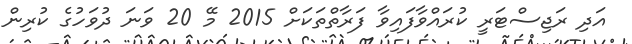
އަދި ރަޖިސްޓަރީ ކުރައްވާފައިވާ ފަރާތްތަކަށްް 2015 މޭ 20 ވަނަ ދުވަހުގެ ކުރިން